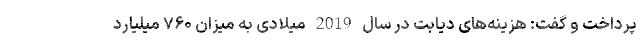
پرداخت و گفت: هزینه‌های دیابت در سال 2019 میلادی به میزان ۷۶۰ میلیارد